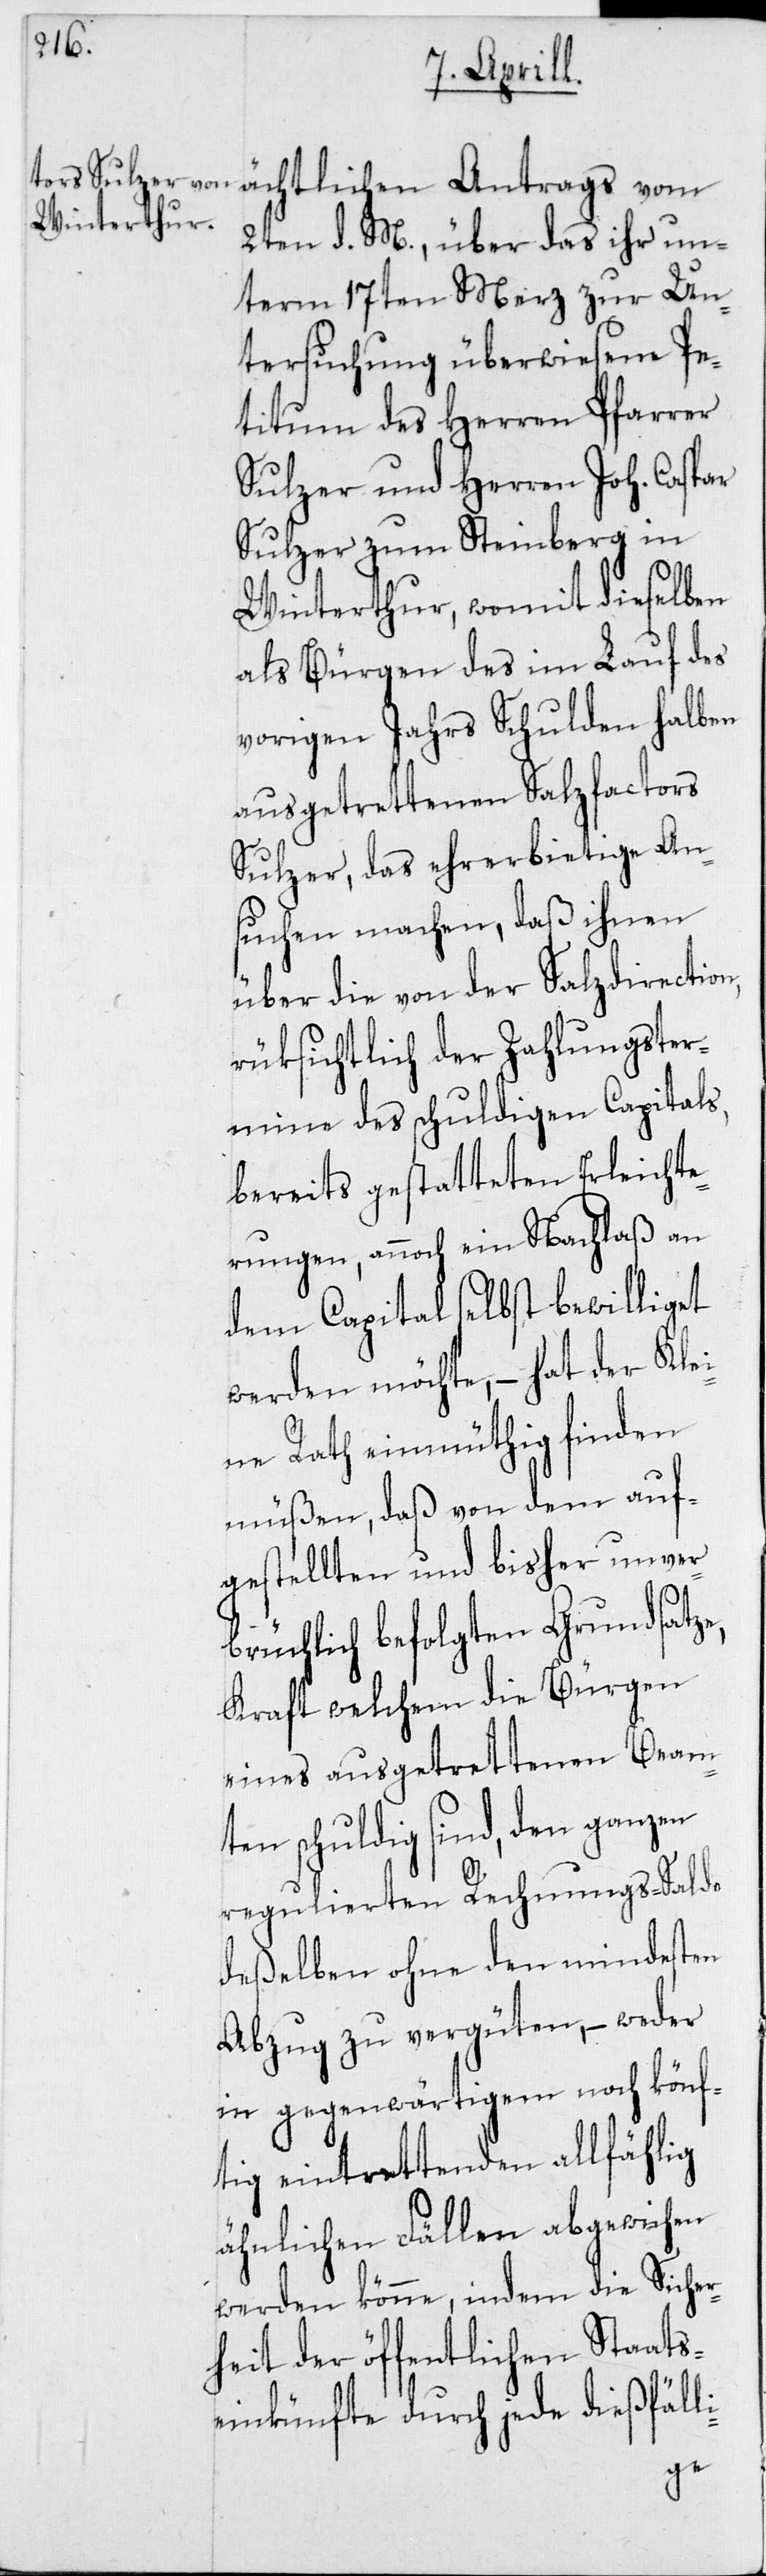
ächtlichen Antrags vom
2ten d. M., über das ihr un¬
term 17ten Merz zur Un¬
tersuchung überwiesene Pe¬
titum des Herren Pfarrer
Sulzer und Herren Joh. Caspar
Sulzer zum Steinberg in
Winterthur, womit dieselben
als Bürgen des im Lauf des
vorigen Jahrs Schulden halben
ausgetrettenen Salzfactors
Sulzer, das ehrerbietige An¬
suchen machen, daß ihnen
über die von der Salzdirection,
rüksichtlich der Zahlungster¬
mine des schuldigen Capitals,
bereits gestatteten Erleichte¬
rungen, annoch ein Nachlaß an
dem Capital selbst bewilliget
werden möchte, – hat der Kle¬
ine Rath einmüthig finden
müßen, daß von dem auf¬
gestellten und bisher unver¬
brüchlich befolgten Grundsatze,
Kraft welchem die Bürgen
eines ausgetrettenen Beam¬
ten schuldig sind, den ganzen
regulierten Rechnungs-Saldo
deßelben ohne den mindesten
Abzug zu vergüten, – weder
in gegenwärtigem noch könf¬
tig eintrettenden allfählig
ähnlichen Fällen abgewichen
werden könne, indem die Sich¬
erheit der öffentlichen Staats¬
einkünfte durch jede